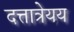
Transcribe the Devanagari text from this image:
दत्तात्रेयय